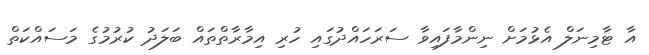
އާ ޓާމިނަލް އެޅުމަށް ނިންމާފައިވާ ސަރަހައްދުގައި ހުރި އިމާރާތްތައް ބަލަދު ކުރުމުގެ މަސައްކަތް